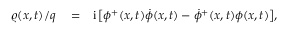
\begin{array} { r l r } { \varrho ( { x } , t ) / q } & { { } = } & { \mathrm { i } \left[ \phi ^ { + } ( { x } , t ) \dot { \phi } ( { x } , t ) - \dot { \phi } ^ { + } ( { x } , t ) \phi ( { x } , t ) \right] \! , } \end{array}